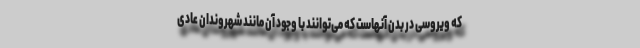
که ویروسی در بدن آنهاست که می‌توانند با وجود آن مانند شهروندان عادی